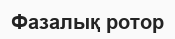
Фазалық ротор